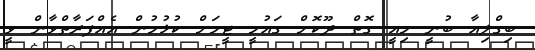
ބިގްލިއާ ބުނީ މިއީ ގޮތް ދޫކޮށް ގައުމީ ޓީމަށް ކުޅުމުން އެއްފަރާތްވާން ވީ